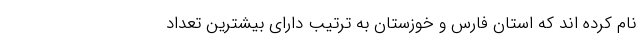
نام کرده اند که استان فارس و خوزستان به ترتیب دارای بیشترین تعداد